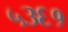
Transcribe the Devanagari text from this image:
५३६१